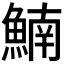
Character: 𩹞